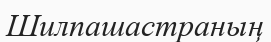
Шилпашастраның